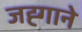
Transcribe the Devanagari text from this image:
जह्गाने